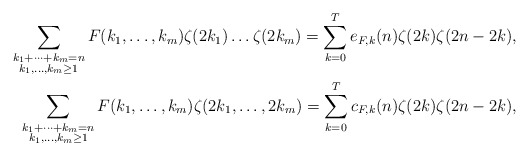
\begin{align*} \sum_{\substack{k_1+\dots+k_m=n\\ k_1,\dots,k_m\ge 1}} F(k_1,\dots,k_m) \zeta(2k_1) \dots\zeta(2k_m)=\sum_{k=0}^{T} e_{F,k}(n) \zeta(2k)\zeta(2n-2k),\\ \sum_{\substack{k_1+\dots+k_m=n\\ k_1,\dots,k_m\ge 1}} F(k_1,\dots,k_m) \zeta(2k_1,\dots,2k_m)=\sum_{k=0}^{T} c_{F,k}(n) \zeta(2k)\zeta(2n-2k),\end{align*}